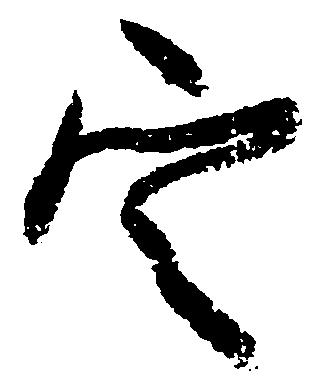
定